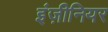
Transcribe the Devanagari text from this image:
इंज़ीनियर